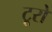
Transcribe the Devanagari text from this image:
टूरो